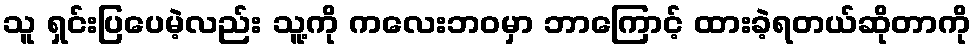
သူ ရှင်းပြပေမဲ့လည်း သူ့ကို ကလေးဘဝမှာ ဘာကြောင့် ထားခဲ့ရတယ်ဆိုတာကို